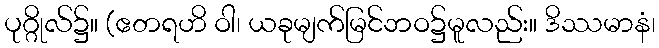
ပုဂ္ဂိုလ်၌။ (ဧတရဟိ ဝါ၊ ယခုမျက်မြင်ဘဝ၌မူလည်း။ ဒိဿမာနံ၊